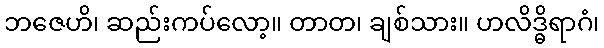
ဘဇေဟိ၊ ဆည်းကပ်လော့။ တာတ၊ ချစ်သား။ ဟလိဒ္ဓိရာဂံ၊